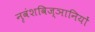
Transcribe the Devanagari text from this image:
नृवंशविज्ञानियों